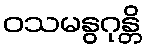
ဝသမနွဂုန္တိ